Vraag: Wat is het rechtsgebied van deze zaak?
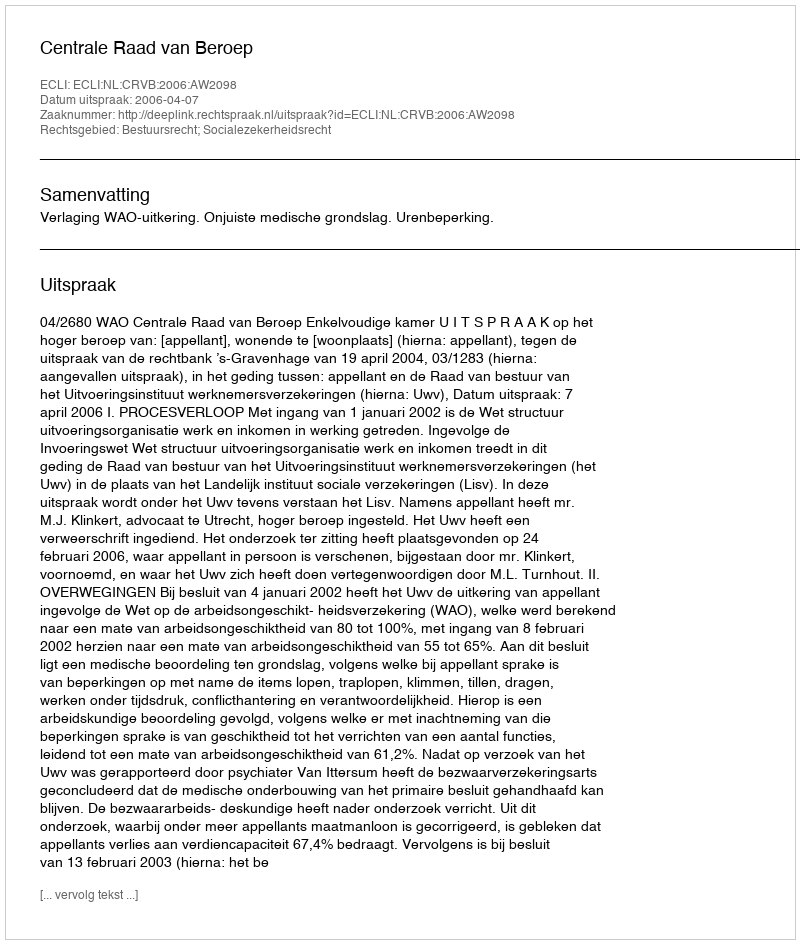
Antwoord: Bestuursrecht; Socialezekerheidsrecht